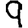
Digit: 9